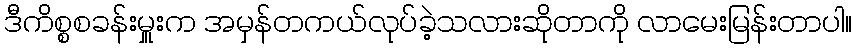
ဒီကိစ္စစခန်းမှူးက အမှန်တကယ်လုပ်ခဲ့သလားဆိုတာကို လာမေးမြန်းတာပါ။